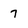
Character: 7